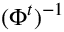
( \Phi ^ { t } ) ^ { - 1 }